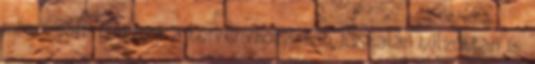
másik párt fölénye a törvényhozásban. Ez talán túlzottan is